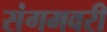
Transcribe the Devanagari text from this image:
संगमवरी